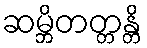
ဆမ္ဘိတတ္တန္တိ